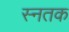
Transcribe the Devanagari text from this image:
स्नतक